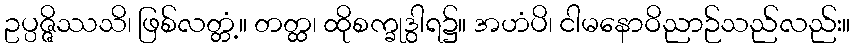
ဥပ္ပဇ္ဇိဿသိ၊ ဖြစ်လတ္တံ့။ တတ္ထ၊ ထိုစက္ခုဒွါရ၌။ အဟံပိ၊ ငါမနောဝိညာဉ်သည်လည်း။